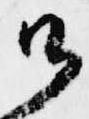
御